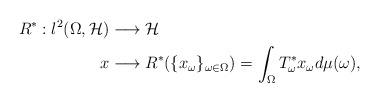
LaTeX: \begin{align*}R^{\ast}:l^{2}(\Omega,\mathcal{H})&\longrightarrow \mathcal{H}\\x&\longrightarrow R^{\ast}(\{x_{\omega}\}_{\omega\in\Omega})=\int_{\Omega}T_{\omega}^{\ast}x_{\omega}d\mu(\omega), \end{align*}